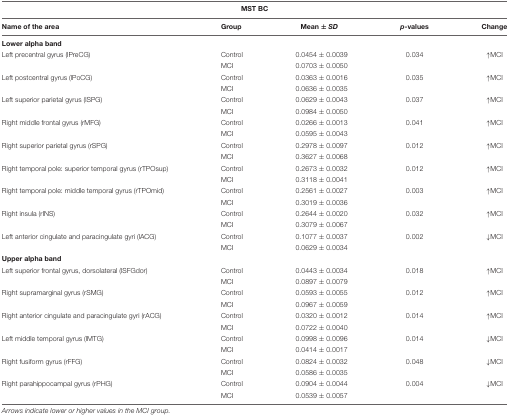
<table><thead><tr><td colspan="5"><b>MST BC</b></td></tr></thead><tbody><tr><td><b>Name of the area</b></td><td><b>Group</b></td><td><b>Mean ± <i>SD</i></b></td><td><b><i>p</i>-values</b></td><td><b>Change</b></td></tr><tr><td colspan="5"><b>Lower alpha band</b></td></tr><tr><td>Left precentral gyrus (lPreCG)</td><td>Control</td><td>0.0454 ± 0.0039</td><td>0.034</td><td>↑MCI</td></tr><tr><td></td><td>MCI</td><td>0.0703 ± 0.0050</td></tr><tr><td>Left postcentral gyrus (lPoCG)</td><td>Control</td><td>0.0363 ± 0.0016</td><td>0.035</td><td>↑MCI</td></tr><tr><td></td><td>MCI</td><td>0.0636 ± 0.0035</td></tr><tr><td>Left superior parietal gyrus (lSPG)</td><td>Control</td><td>0.0629 ± 0.0043</td><td>0.037</td><td>↑MCI</td></tr><tr><td></td><td>MCI</td><td>0.0984 ± 0.0050</td></tr><tr><td>Right middle frontal gyrus (rMFG)</td><td>Control</td><td>0.0266 ± 0.0013</td><td>0.041</td><td>↑MCI</td></tr><tr><td></td><td>MCI</td><td>0.0595 ± 0.0043</td></tr><tr><td>Right superior parietal gyrus (rSPG)</td><td>Control</td><td>0.2978 ± 0.0097</td><td>0.012</td><td>↑MCI</td></tr><tr><td></td><td>MCI</td><td>0.3627 ± 0.0068</td></tr><tr><td>Right temporal pole: superior temporal gyrus (rTPOsup)</td><td>Control</td><td>0.2673 ± 0.0032</td><td>0.012</td><td>↑MCI</td></tr><tr><td></td><td>MCI</td><td>0.3118 ± 0.0041</td></tr><tr><td>Right temporal pole: middle temporal gyrus (rTPOmid)</td><td>Control</td><td>0.2561 ± 0.0027</td><td>0.003</td><td>↑MCI</td></tr><tr><td></td><td>MCI</td><td>0.3019 ± 0.0036</td></tr><tr><td>Right insula (rINS)</td><td>Control</td><td>0.2644 ± 0.0020</td><td>0.032</td><td>↑MCI</td></tr><tr><td></td><td>MCI</td><td>0.3079 ± 0.0067</td></tr><tr><td>Left anterior cingulate and paracingulate gyri (lACG)</td><td>Control</td><td>0.1077 ± 0.0037</td><td>0.002</td><td>↓MCI</td></tr><tr><td></td><td>MCI</td><td>0.0629 ± 0.0034</td></tr><tr><td colspan="5"><b>Upper alpha band</b></td></tr><tr><td>Left superior frontal gyrus, dorsolateral (lSFGdor)</td><td>Control</td><td>0.0443 ± 0.0034</td><td>0.018</td><td>↑MCI</td></tr><tr><td></td><td>MCI</td><td>0.0897 ± 0.0079</td></tr><tr><td>Right supramarginal gyrus (rSMG)</td><td>Control</td><td>0.0593 ± 0.0055</td><td>0.012</td><td>↑MCI</td></tr><tr><td></td><td>MCI</td><td>0.0967 ± 0.0059</td></tr><tr><td>Right anterior cingulate and paracingulate gyri (rACG)</td><td>Control</td><td>0.0320 ± 0.0012</td><td>0.014</td><td>↑MCI</td></tr><tr><td></td><td>MCI</td><td>0.0722 ± 0.0040</td></tr><tr><td>Left middle temporal gyrus (lMTG)</td><td>Control</td><td>0.0998 ± 0.0096</td><td>0.014</td><td>↓MCI</td></tr><tr><td></td><td>MCI</td><td>0.0414 ± 0.0017</td></tr><tr><td>Right fusiform gyrus (rFFG)</td><td>Control</td><td>0.0824 ± 0.0032</td><td>0.048</td><td>↓MCI</td></tr><tr><td></td><td>MCI</td><td>0.0586 ± 0.0035</td></tr><tr><td>Right parahippocampal gyrus (rPHG)</td><td>Control</td><td>0.0904 ± 0.0044</td><td>0.004</td><td>↓MCI</td></tr><tr><td></td><td>MCI</td><td>0.0539 ± 0.0057</td></tr></tbody></table>